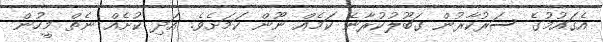
އެގައުމުގެ ސަރުކާރުން ގަބޫލުކުރާނެ ކަމެއް ނޫން ކަމަށެވެ. އަދި ކުށެއް ނެތް މީހުން